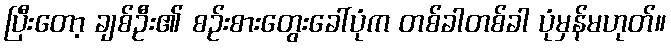
ပြီးတော့ ချစ်ဦး၏ စဉ်းစားတွေးခေါ်ပုံက တစ်ခါတစ်ခါ ပုံမှန်မဟုတ်။